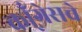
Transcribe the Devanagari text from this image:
कॉ्ंग्रेसचे